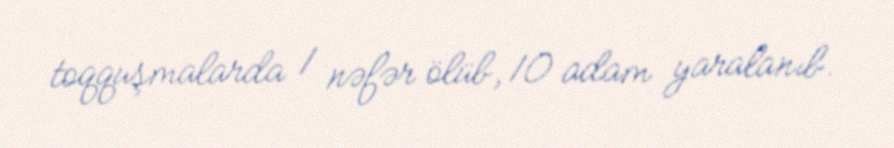
toqquşmalarda 1 nəfər ölüb, 10 adam yaralanıb.